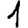
Digit: 1